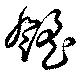
颻